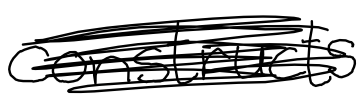
Text: constructs
Cross-out: scratch
Writing tool: digital_black